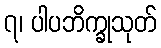
၇၊ ပါပဘိက္ခုသုတ်